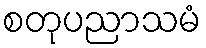
စတုပညာသမံ